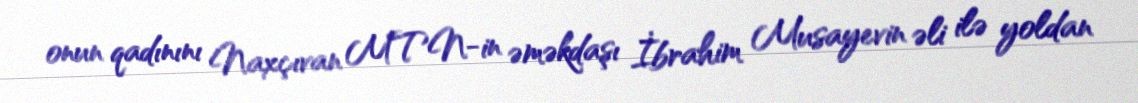
onun qadınını Naxçıvan MTN-in əməkdaşı İbrahim Musayevin əli ilə yoldan